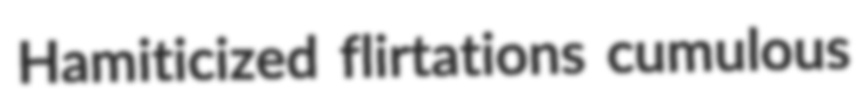
Hamiticized flirtations cumulous